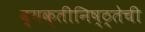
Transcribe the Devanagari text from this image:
व्यक्तीनिष्ठ्तेची